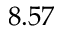
8 . 5 7